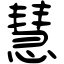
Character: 慧